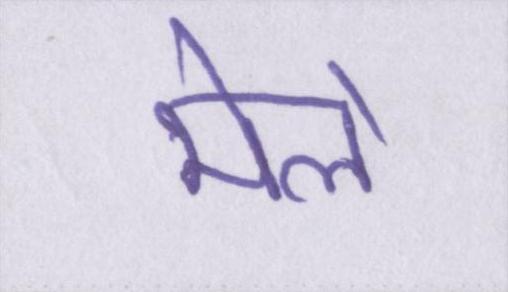
मेले